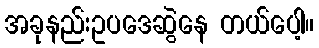
အခုနည်းဥပဒေဆွဲနေ တယ်ပေါ့။